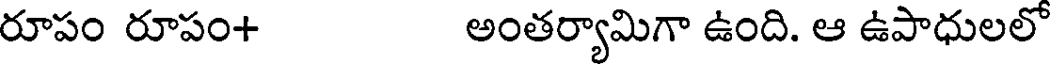
రూపం రూపం+ అంతర్యామిగా ఉంది. ఆ ఉపాధులలో